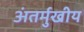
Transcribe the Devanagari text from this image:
अंतर्मुखीय